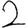
Digit: 2